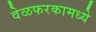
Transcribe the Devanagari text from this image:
वेळफरकामध्ये